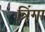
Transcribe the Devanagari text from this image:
त्रिंगा